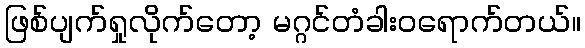
ဖြစ်ပျက်ရှုလိုက်တော့ မဂ္ဂင်တံခါးဝရောက်တယ်။